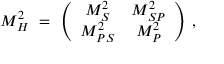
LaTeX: { \cal M } _ { H } ^ { 2 } \ = \ \left( \begin{array} { c c } { { M _ { S } ^ { 2 } } } & { { M _ { S P } ^ { 2 } } } \\ { { M _ { P S } ^ { 2 } } } & { { M _ { P } ^ { 2 } } } \end{array} \right) \, ,